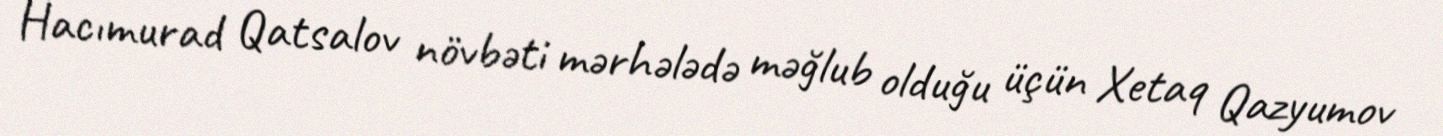
Hacımurad Qatsalov növbəti mərhələdə məğlub olduğu üçün Xetaq Qazyumov